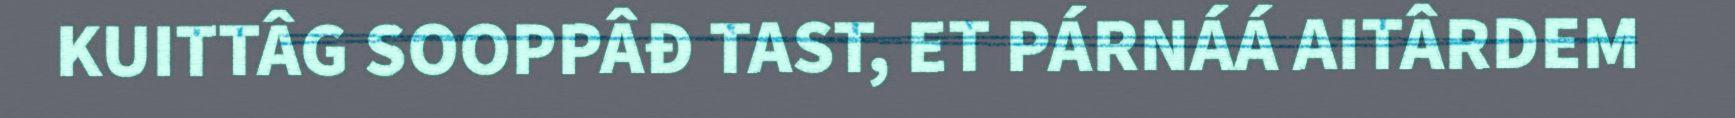
KUITTÂG SOOPPÂĐ TAST, ET PÁRNÁÁ AITÂRDEM